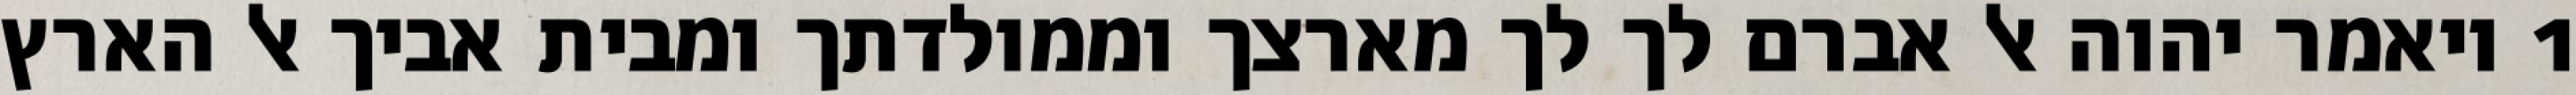
1 ויאמר יהוה אל אברם לך לך מארצך וממולדתך ומבית אביך אל הארץ